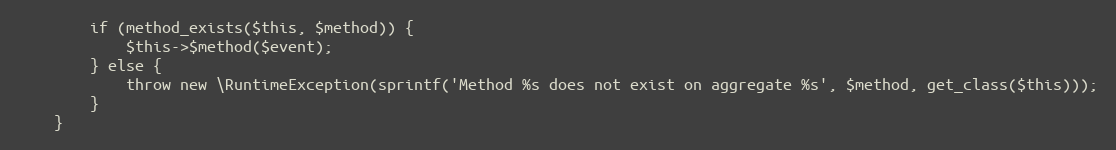
Language: PHP
        if (method_exists($this, $method)) {
            $this->$method($event);
        } else {
            throw new \RuntimeException(sprintf('Method %s does not exist on aggregate %s', $method, get_class($this)));
        }
    }